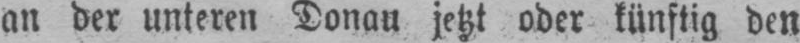
an der unteren Donau jetzt oder künftig den